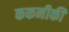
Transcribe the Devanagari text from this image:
ककनीकी